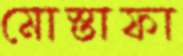
মোস্তাফা